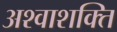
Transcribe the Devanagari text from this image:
अश्वाशक्ति